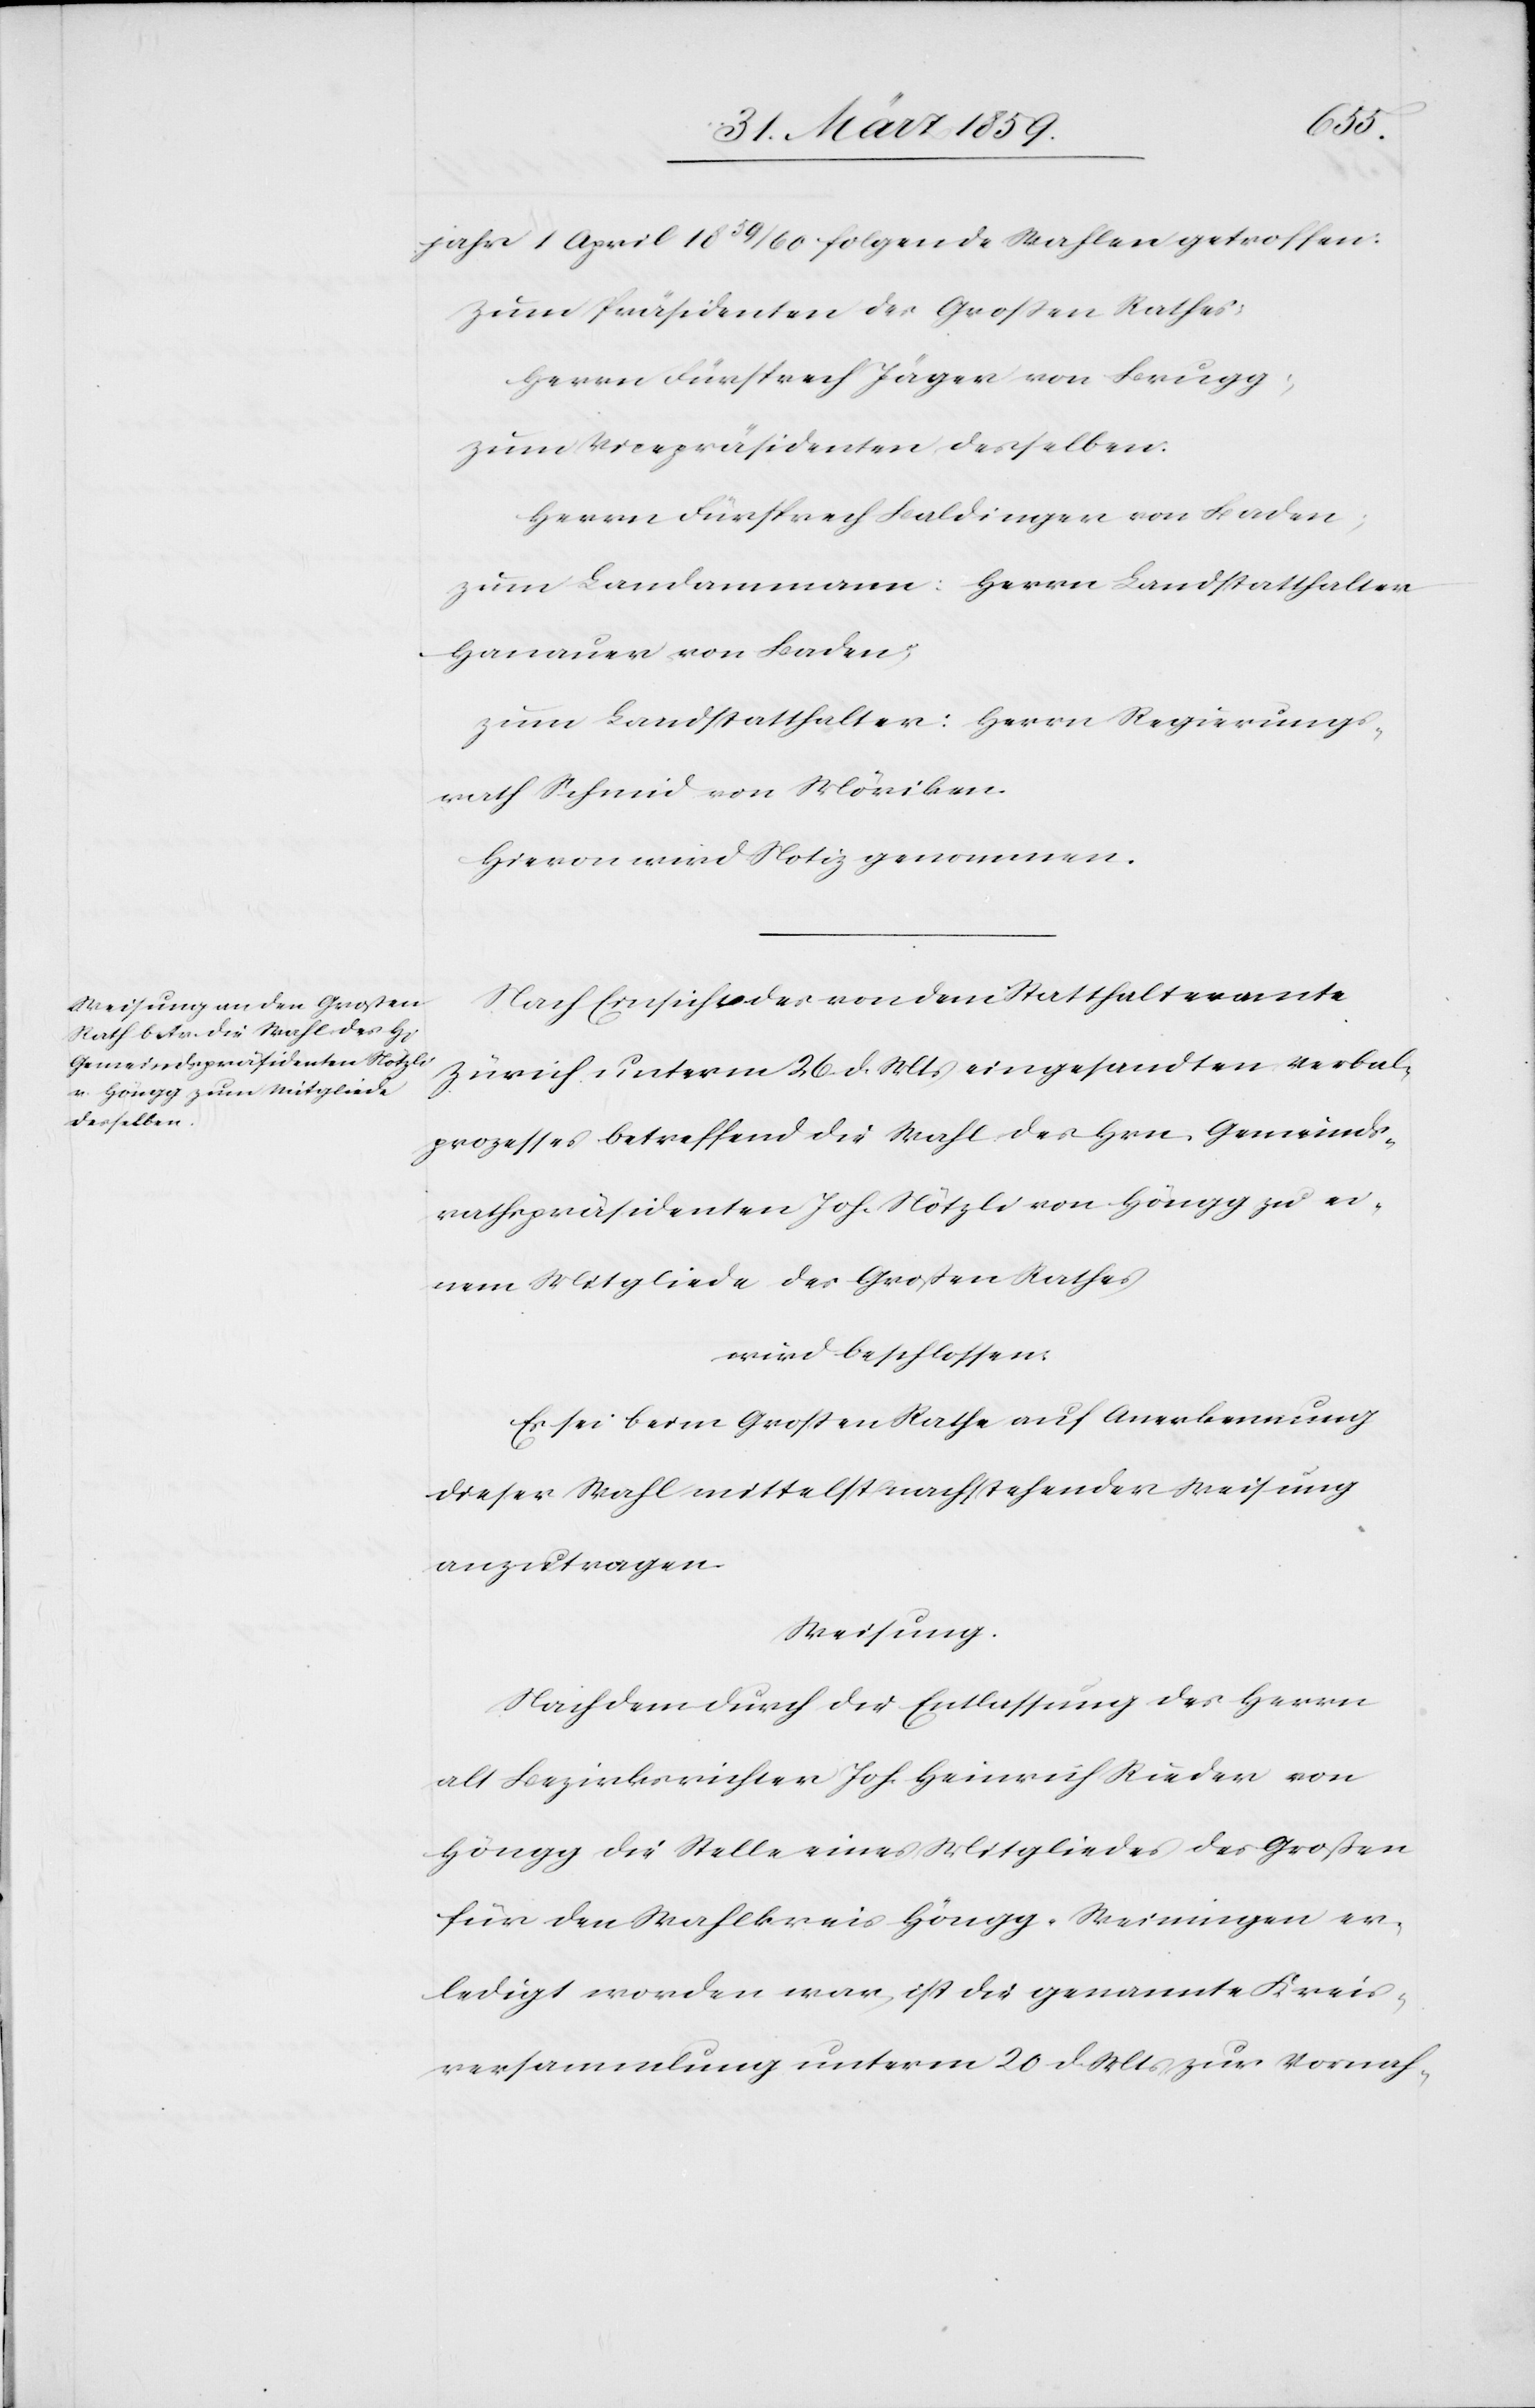
jahr 1 April 1859/60 folgende Wahlen getroffen:
Zum Präsidenten des Großen Rathes:
Herrn Fürsprech Jäger von Brugg;
zum Vicepräsidenten desselben:
Herrn Fürsprech Baldinger von Baden;
zum Landammann: Herrn Landstatthalter
Hanauer von Baden;
zum Landstatthalter: Herrn Regierungs¬
rath Schmid von Möriken.
Hievon wird Notiz genommen.
Nach Einsicht des von dem Statthalteramte
Zürich unterm 26. d. Mts eingesandten Verbal¬
prozesses betreffend die Wahl des Hrn. Gemeinds¬
rathspräsidenten Joh. Nötzli von Höngg zu ei¬
nem Mitgliede des Großen Rathes
wird beschlossen:
Es sei beim Großen Rathe auf Anerkennung
dieser Wahl mittelst nachstehender Weisung
anzutragen.
Weisung.
Nach dem durch die Entlassung des Herrn
alt Bezirksrichter Joh. Heinrich Rieder von
Höngg die Stelle eines Mitgliedes des Großen
für den Wahlkreis Höngg-Weiningen er¬
ledigt worden war, ist die genannte Kreis¬
versammlung unterm 20 d. Mts zur Vornah-